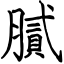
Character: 膩